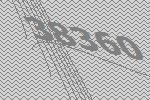
38360